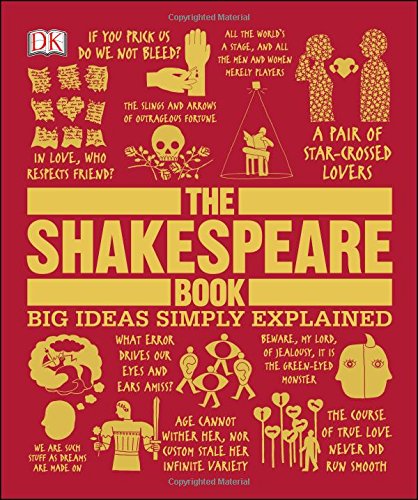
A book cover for The Shakespeare Book (Big Ideas Simply Explained); DK; Literature & Fiction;